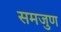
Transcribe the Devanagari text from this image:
समजुण